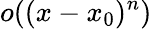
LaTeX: o((x-x_{0})^{n})